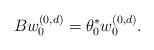
LaTeX: \begin{align*}Bw^{(0,d)}_0=\theta_0^*w^{(0,d)}_0.\end{align*}